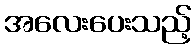
အလေးပေးသည့်